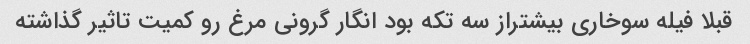
قبلا فیله سوخاری بیشتراز سه تکه بود انگار گرونی مرغ رو کمیت تاثیر گذاشته